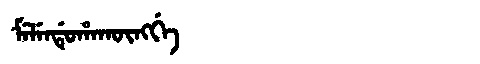
Manchu: ᠮᡝᠯᡝᠨᡩᡠᡥᠠᡴᡡᠩᡤᡝ
Romanization: MELENDUHAKŪNGGE